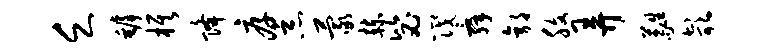
乏罅旗降厚恶蒙赫毖筏舜郭腹弄蕤欹